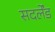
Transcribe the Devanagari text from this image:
सदर्लेंड